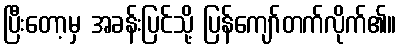
ပြီးတော့မှ အခန်းပြင်သို့ ပြန်ကျော်တက်လိုက်၏။